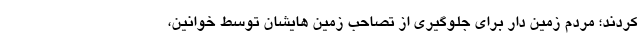
کردند؛ مردم زمین دار برای جلوگیری از تصاحب زمین هایشان توسط خوانین،